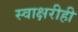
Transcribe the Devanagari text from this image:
स्वाक्षरीही